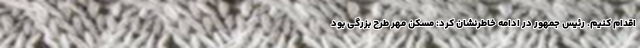
اقدام کنیم. رئیس جمهور در ادامه خاطرنشان کرد: مسکن مهر طرح بزرگی بود